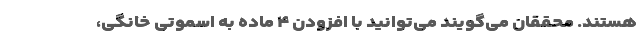
هستند. محققان می‌گویند می‌توانید با افزودن ۴ ماده به اسموتی خانگی،